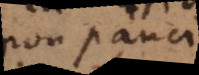
non pauci